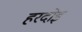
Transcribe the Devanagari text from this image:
हरदोइ